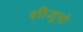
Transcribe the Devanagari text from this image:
शीजूयो